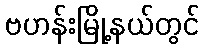
ဗဟန်းမြို့နယ်တွင်